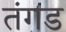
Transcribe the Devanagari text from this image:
तंगड